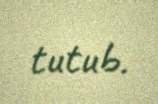
tutub.